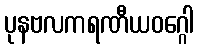
ပုနဗလကရဏီယဝဂ္ဂေါ